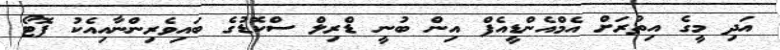
އަދި މީގެ އިތުރަށް އެމްއެންޑީއެފް އިން ބުނީ ޑްރިލް ސްކޮޑުގެ ބައިވެރިންނާއިއެކު ފޮޓޯ